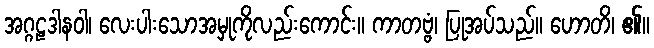
အဂ္ဂဠဒါနဝါ၊ လေးပါးသောအမှုကိုလည်းကောင်း။ ကာတဗ္ဗံ၊ ပြုအပ်သည်။ ဟောတိ၊ ၏။